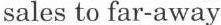
sales to far-away